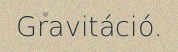
Gravitáció.